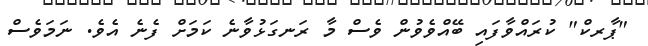
"ޕާރކް" ކުރައްވާފައި ބޭއްވެވުން ވެސް މާ ރަނގަޅުވާނެ ކަމަށް ފެނެ އެވެ. ނަމަވެސް